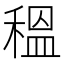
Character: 𥠺